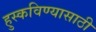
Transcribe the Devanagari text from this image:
हुस्कविण्यासाठी